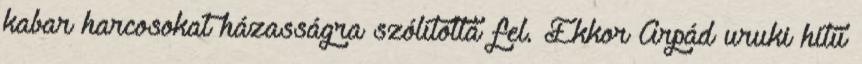
kabar harcosokat házasságra szólította fel. Ekkor Árpád uruki hitű